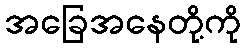
အခြေအနေတို့ကို